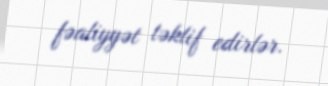
fəaliyyət təklif edirlər.